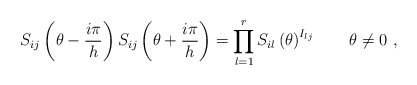
\begin{align*}S_{ij}\left( \theta -\frac{i\pi }{h}\right) S_{ij}\left( \theta +\frac{i\pi }{h}\right) =\prod\limits_{l=1}^{r}S_{il}\left( \theta \right)^{I_{lj}}\qquad \theta \neq 0\,\,, \end{align*}